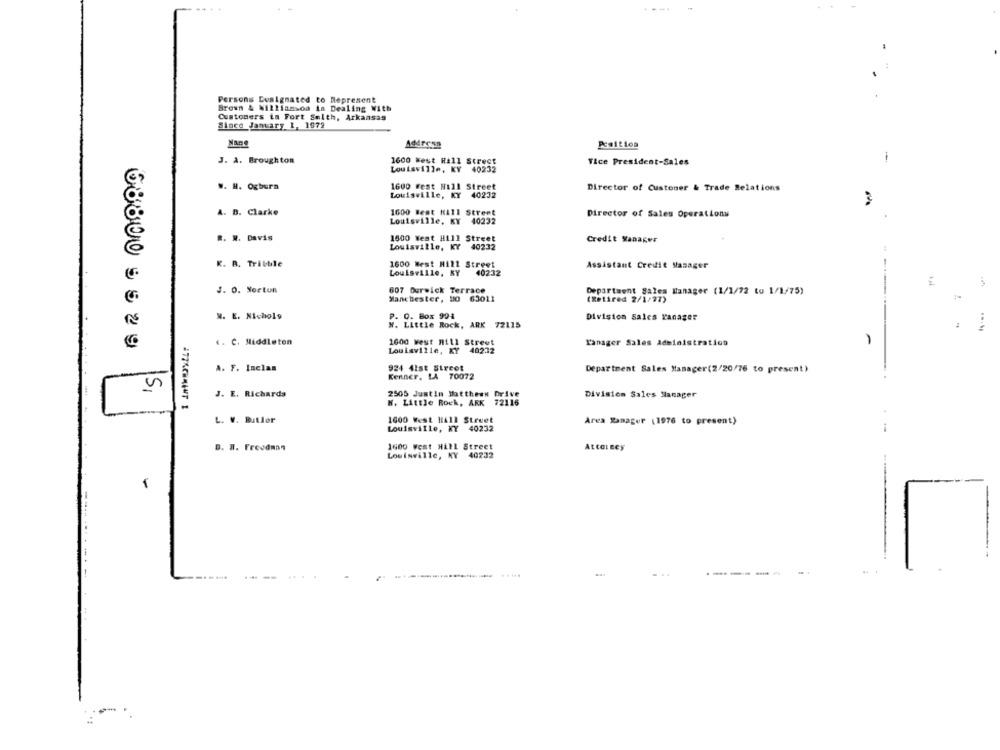
Persons Designated to Represent
Brown & williamson in Dealing With
Customers ia Fort Smith, Arkansas
Since January 1, 1972
Nane
Position
Address
J. A. Broughton
1600 west Hall Street
Vice President-Sales
1
Louisville, KY 40232
w. H. Ogburn
1600 Fest Hill Street
Director of Customer & Trade Relations
Louisville, KY 40232
A. B. Clarke
1600 Test Hill Street
Director of Sales Operations
Louisville, KY 40232
R. N. Davis
1600 West Hill Street
Credit Manager
Louisville, KY 40232
K. R. Tribble
1600 West Hill Street
Assistant Credit Manager
Louisville, KY
40232
J. 0. Norton
607 Durwick Terrace
Department Sales Manager (1/1/72 to 1/1/75)
Manchester, 10 63011
(Retired 2/1/77)
M. E. Nichols
P. O. Box 994
Division Sales Panager
N. Little Rock, ARK 72115
68800 55 29
.. C. Middleton
1000 West Hill Street
ranager Sales Administration
-
Louisville, XY
40232
A. F. Inclan
924 41st Street
Kenner, LA 70072
Department Sales Manager(2/20/76 to present)
SI
J. E. Richards
2505 Justin Matthean
Drive
Division Sales Manager
W. Little Rock, ARK 72116
L. V. Butler
1600 West Hill Street
Area Manager (1976 to present)
Louisville, KY
40232
.-
B. W. Freedman
1600 West Hill Street
Attal ney
Louisville, KY 40232
-
.....